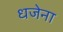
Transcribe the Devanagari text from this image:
धजेना